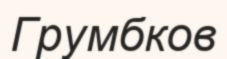
Грумбков